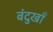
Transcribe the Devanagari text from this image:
बंदुखाँ